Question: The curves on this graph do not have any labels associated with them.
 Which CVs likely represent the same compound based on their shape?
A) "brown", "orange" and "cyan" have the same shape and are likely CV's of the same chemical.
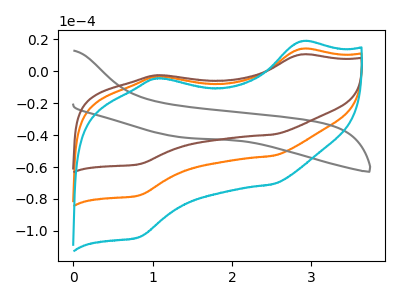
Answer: <think>The orange curve "orange" has anodic peaks at (2.85V, 13.95uA) (1.05V, -3.40uA) and cathodic peaks at (2.50V, -52.95uA) (0.80V, -77.80uA). The gray curve "gray" has no peaks. The brown curve "brown" has anodic peaks at (2.85V, 10.45uA) (1.05V, -2.55uA) and cathodic peaks at (2.50V, -39.65uA) (0.80V, -58.25uA). The cyan curve "cyan" has anodic peaks at (2.85V, 27.95uA) (1.05V, -6.85uA) and cathodic peaks at (2.50V, -105.90uA) (0.80V, -155.65uA).
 "orange" and "gray" have a different number of peaks. All the peaks in "orange" have a peak in "brown" at the same potential. All the peaks in "orange" have a peak in "cyan" at the same potential. "gray" and "brown" have a different number of peaks. "gray" and "cyan" have a different number of peaks. All the peaks in "brown" have a peak in "cyan" at the same potential.</think>
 <answer>A) "brown", "orange" and "cyan" have the same shape and are likely CV's of the same chemical.</answer>
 <eval>A</eval>